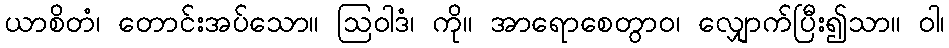
ယာစိတံ၊ တောင်းအပ်သော။ ဩဝါဒံ၊ ကို။ အာရောစေတွာဝ၊ လျှောက်ပြီး၍သာ။ ဝါ၊